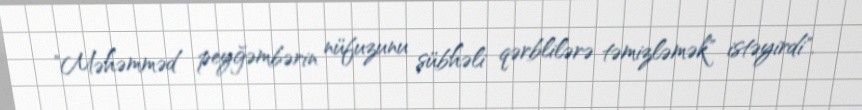
"Məhəmməd peyğəmbərin nüfuzunu şübhəli qərblilərə təmizləmək" istəyirdi".